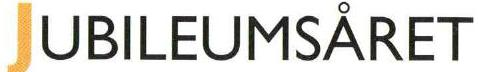
JUBILEUMSÅRET